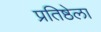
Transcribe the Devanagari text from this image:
प्रतिष्ठेला